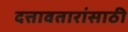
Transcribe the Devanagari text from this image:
दत्तावतारांसाठी